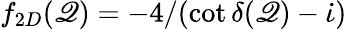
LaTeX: f_{2D}(\mathscr{Q})=-4/(\cot\delta(\mathscr{Q})-\dot{{\iota}})